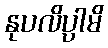
နုပလိပ္ပါမိ